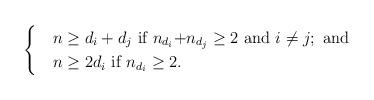
LaTeX: \begin{align*}\begin{cases} &\mbox{$n\geq d_i+d_j$ if $n_{d_i}$+$n_{d_j}\geq2$ and $i\not=j$}; \mbox{ and } \\&\mbox{$n\geq 2d_i$ if $n_{d_i}\geq2$}.\end{cases}\end{align*}